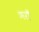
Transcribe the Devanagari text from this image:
मरौं